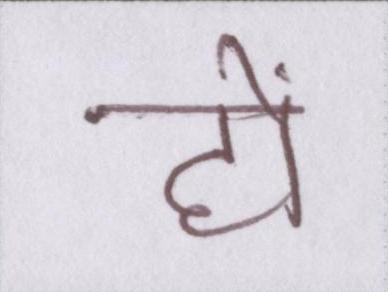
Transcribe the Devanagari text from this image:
हों